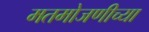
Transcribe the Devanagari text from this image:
मतमोजणीच्या